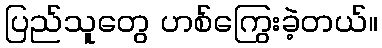
ပြည်သူတွေ ဟစ်ကြွေးခဲ့တယ်။